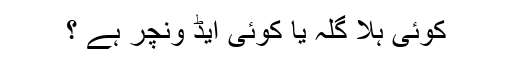
کوئی ہلا گُلّہ یا کوئی ایڈ ونچر ہے ؟